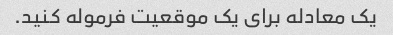
یک معادله برای یک موقعیت فرموله کنید.